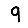
Digit: 9